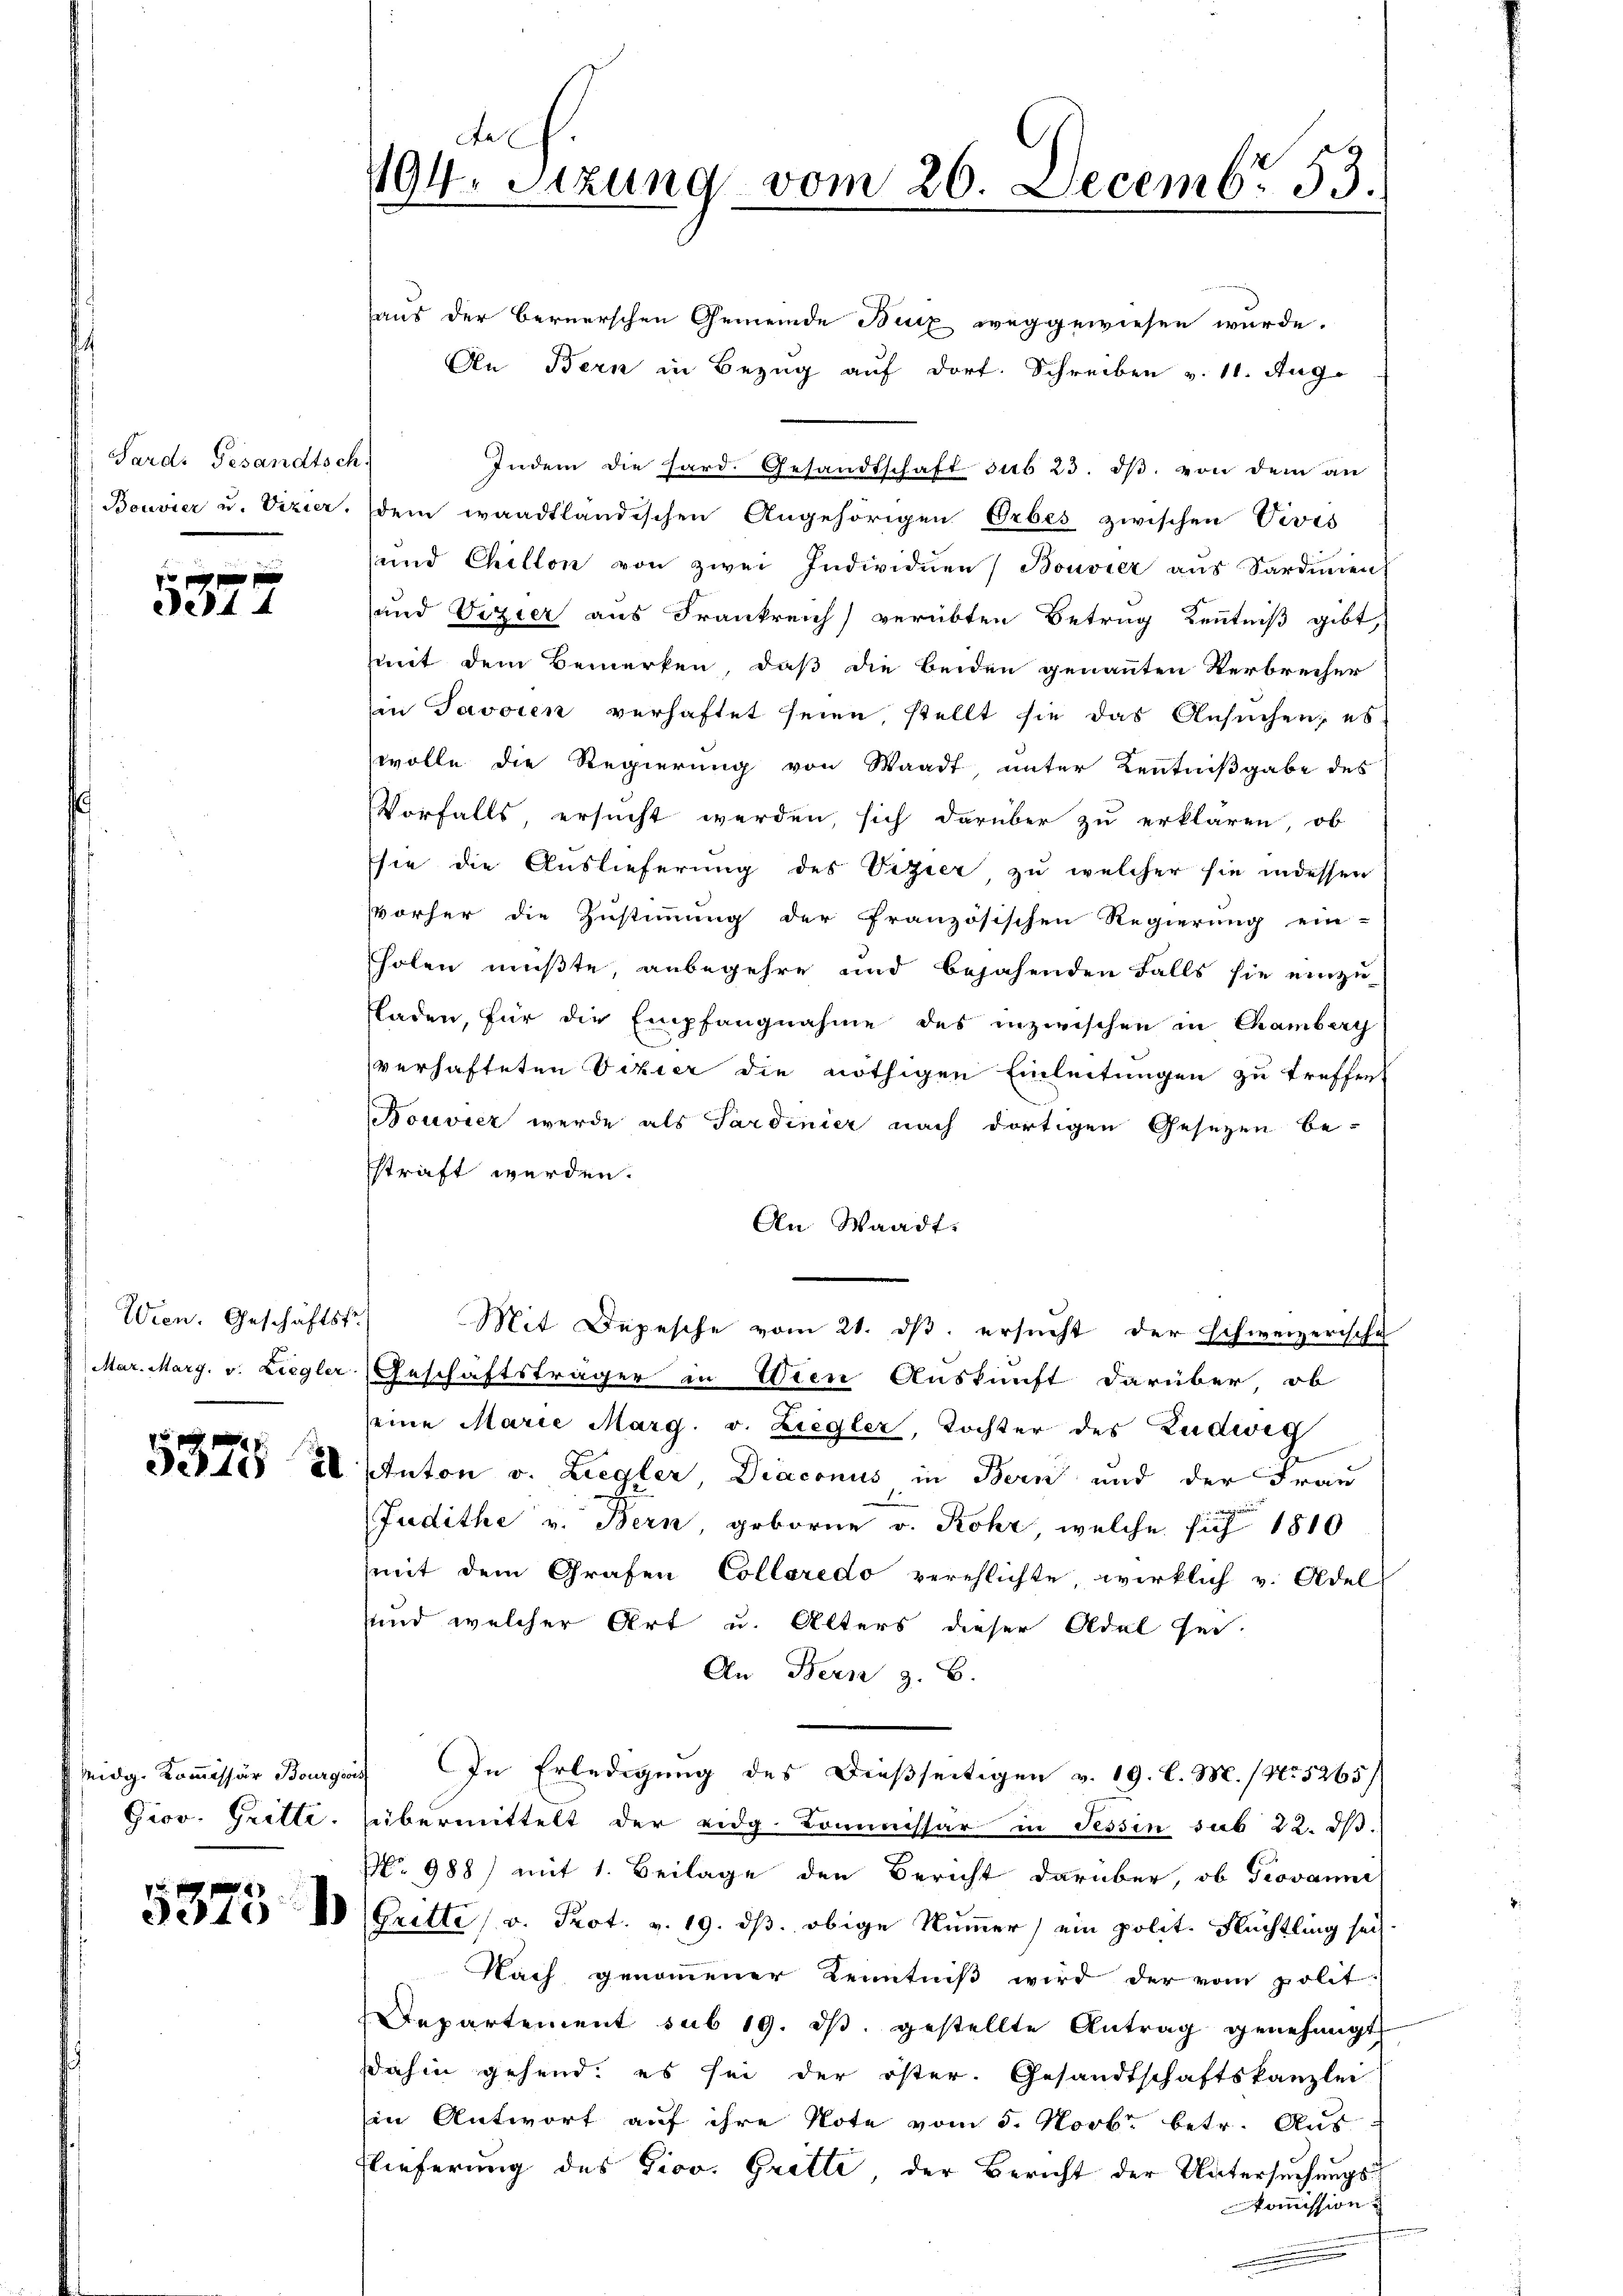
Pards Gesandtsch

de44

Wien. Geschäftsf

15 f

Giov. Gritte.

1

Aa
194. Sitzung vom 26. Decembr 53.

aus der bernerschen Gemeinde Benz weggewiesen wurde.
An Bern in Bezug auf dort. Schreiben v. 11. Aug.
Indem die hard. Gesandtschaft sub 23. dβ. von dem an
Bouvier u. Vizier, dem waadtländischen Angehörigen Orbes zwischen Veves
und Chillon von zwei Individuen Bouvier aŭs Sardiment
und Vizier aus Frankreich verübten Betrug Kenntniß gibt,
(mit dem Bemerken, daß die beiden genannten Verbrecher
in Javoren verhaftet seien, stellt sie das Ansuchen; es
wolle die Regierung von Waadt unter Kenntnißgabe des
Vorfalls, ersucht werden, sich darüber zu erklären, ob
sie die Auslieferung des Vizier, zu welcher sie indessen
vvorher die Zustimmung der französischen Regierung ein-
holen mußte, anbegehre und bejahenden Falls sie einzu-
fladen, für die Empfangnahme des inzwischen in Chamberg
verhafteten Vizier die nöthigen Einleitungen zu treffent
Bouvier werde als Pardinier nach dortigen Gesezen be-
sstraft werden.
An Waadt,
Mit Depesche vom 21. dβ. ersucht der Schweizerische
Mar. Marg. v. Liegler Geschäftsträger in Wien Auskunft darüber, ob
seine Marie Marg. v. Liegler, Tochter des Ludwig
Jeste al tuton v. Liegler, Diaconus in Bern und der Frau
Judithe v. Bern, geborne v. Rohr, welche sich 1810
mit dem Grafen Colleredo verehlichte, wirklich v. Odel-
und welcher Art u. Alters dieser Adel sei.
An Bern z. B.
Midg. Kommissär Bourgau) In Erledigung des Dießseitigen v. 19. l. M. / No. 5265/
übermittelt der eidg. Kommissar in Tessin sub 22. dβ.
Nr. 988) mit 1. Beilage den Bericht darüber, ob Giovanne
3.40 10 (Gritte (v. Prot. v. 19. ds. obige Nummer) ein polit. Flüchtling seit
Nach genommener Kenntniß wird der vom polit.
Departement sub 19. dβ. gestellte Antrag genehmigt
Dahin gehend, es sei der öster. Gesandtschaftskanzlei
in Antwort auf ihre Note vom 5. Novbr. betr. Aus
Flieferung des Giov. Gritte der Bericht der Untersuchungs-
Kommission